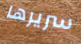
سريرها